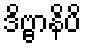
ဒိဗ္ဗာနိပိ